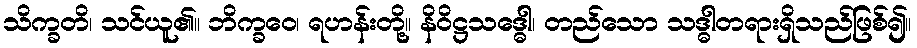
သိက္ခတိ၊ သင်ယူ၏။ ဘိက္ခဝေ၊ ရဟန်းတို့။ နိဝိဋ္ဌသဒ္ဓေါ၊ တည်သော သဒ္ဓါတရားရှိသည်ဖြစ်၍။